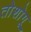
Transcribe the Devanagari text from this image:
तोशोगू